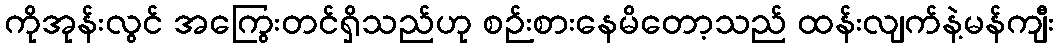
ကိုအုန်းလွင် အကြွေးတင်ရှိသည်ဟု စဉ်းစားနေမိတော့သည် ထန်းလျက်နဲ့မန်ကျီး